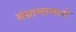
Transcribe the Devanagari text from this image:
संग्रामामध्ये